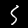
Label: 5